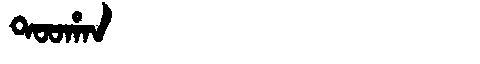
Manchu: ᡨᠣᠣᡥᠠᠨ
Romanization: TOOHAN